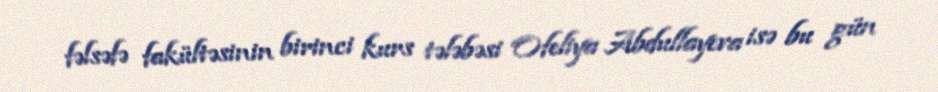
fəlsəfə fakültəsinin birinci kurs tələbəsi Ofeliya Abdullayeva isə bu gün